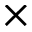
\times